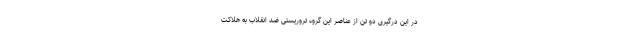
در این درگیری دو تن از عناصر این گروه تروریستی ضد انقلاب به هلاکت